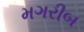
મગરીબ